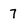
Character: 7